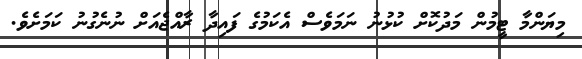
މިޔަންމާ ޓީމުން މަދުކޮށް ކުޅުނު ނަމަވެސް އެކަމުގެ ފައިދާ ރާއްޖެއަށް ނުނެގުނު ކަމަށެވެ.